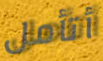
أتأمل